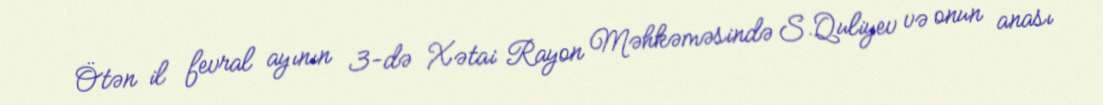
Ötən il fevral ayının 3-də Xətai Rayon Məhkəməsində S.Quliyev və onun anası